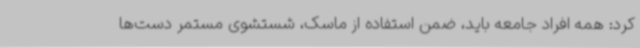
کرد: همه افراد جامعه باید، ضمن استفاده از ماسک، شستشوی مستمر دست‌ها